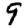
Digit: 9